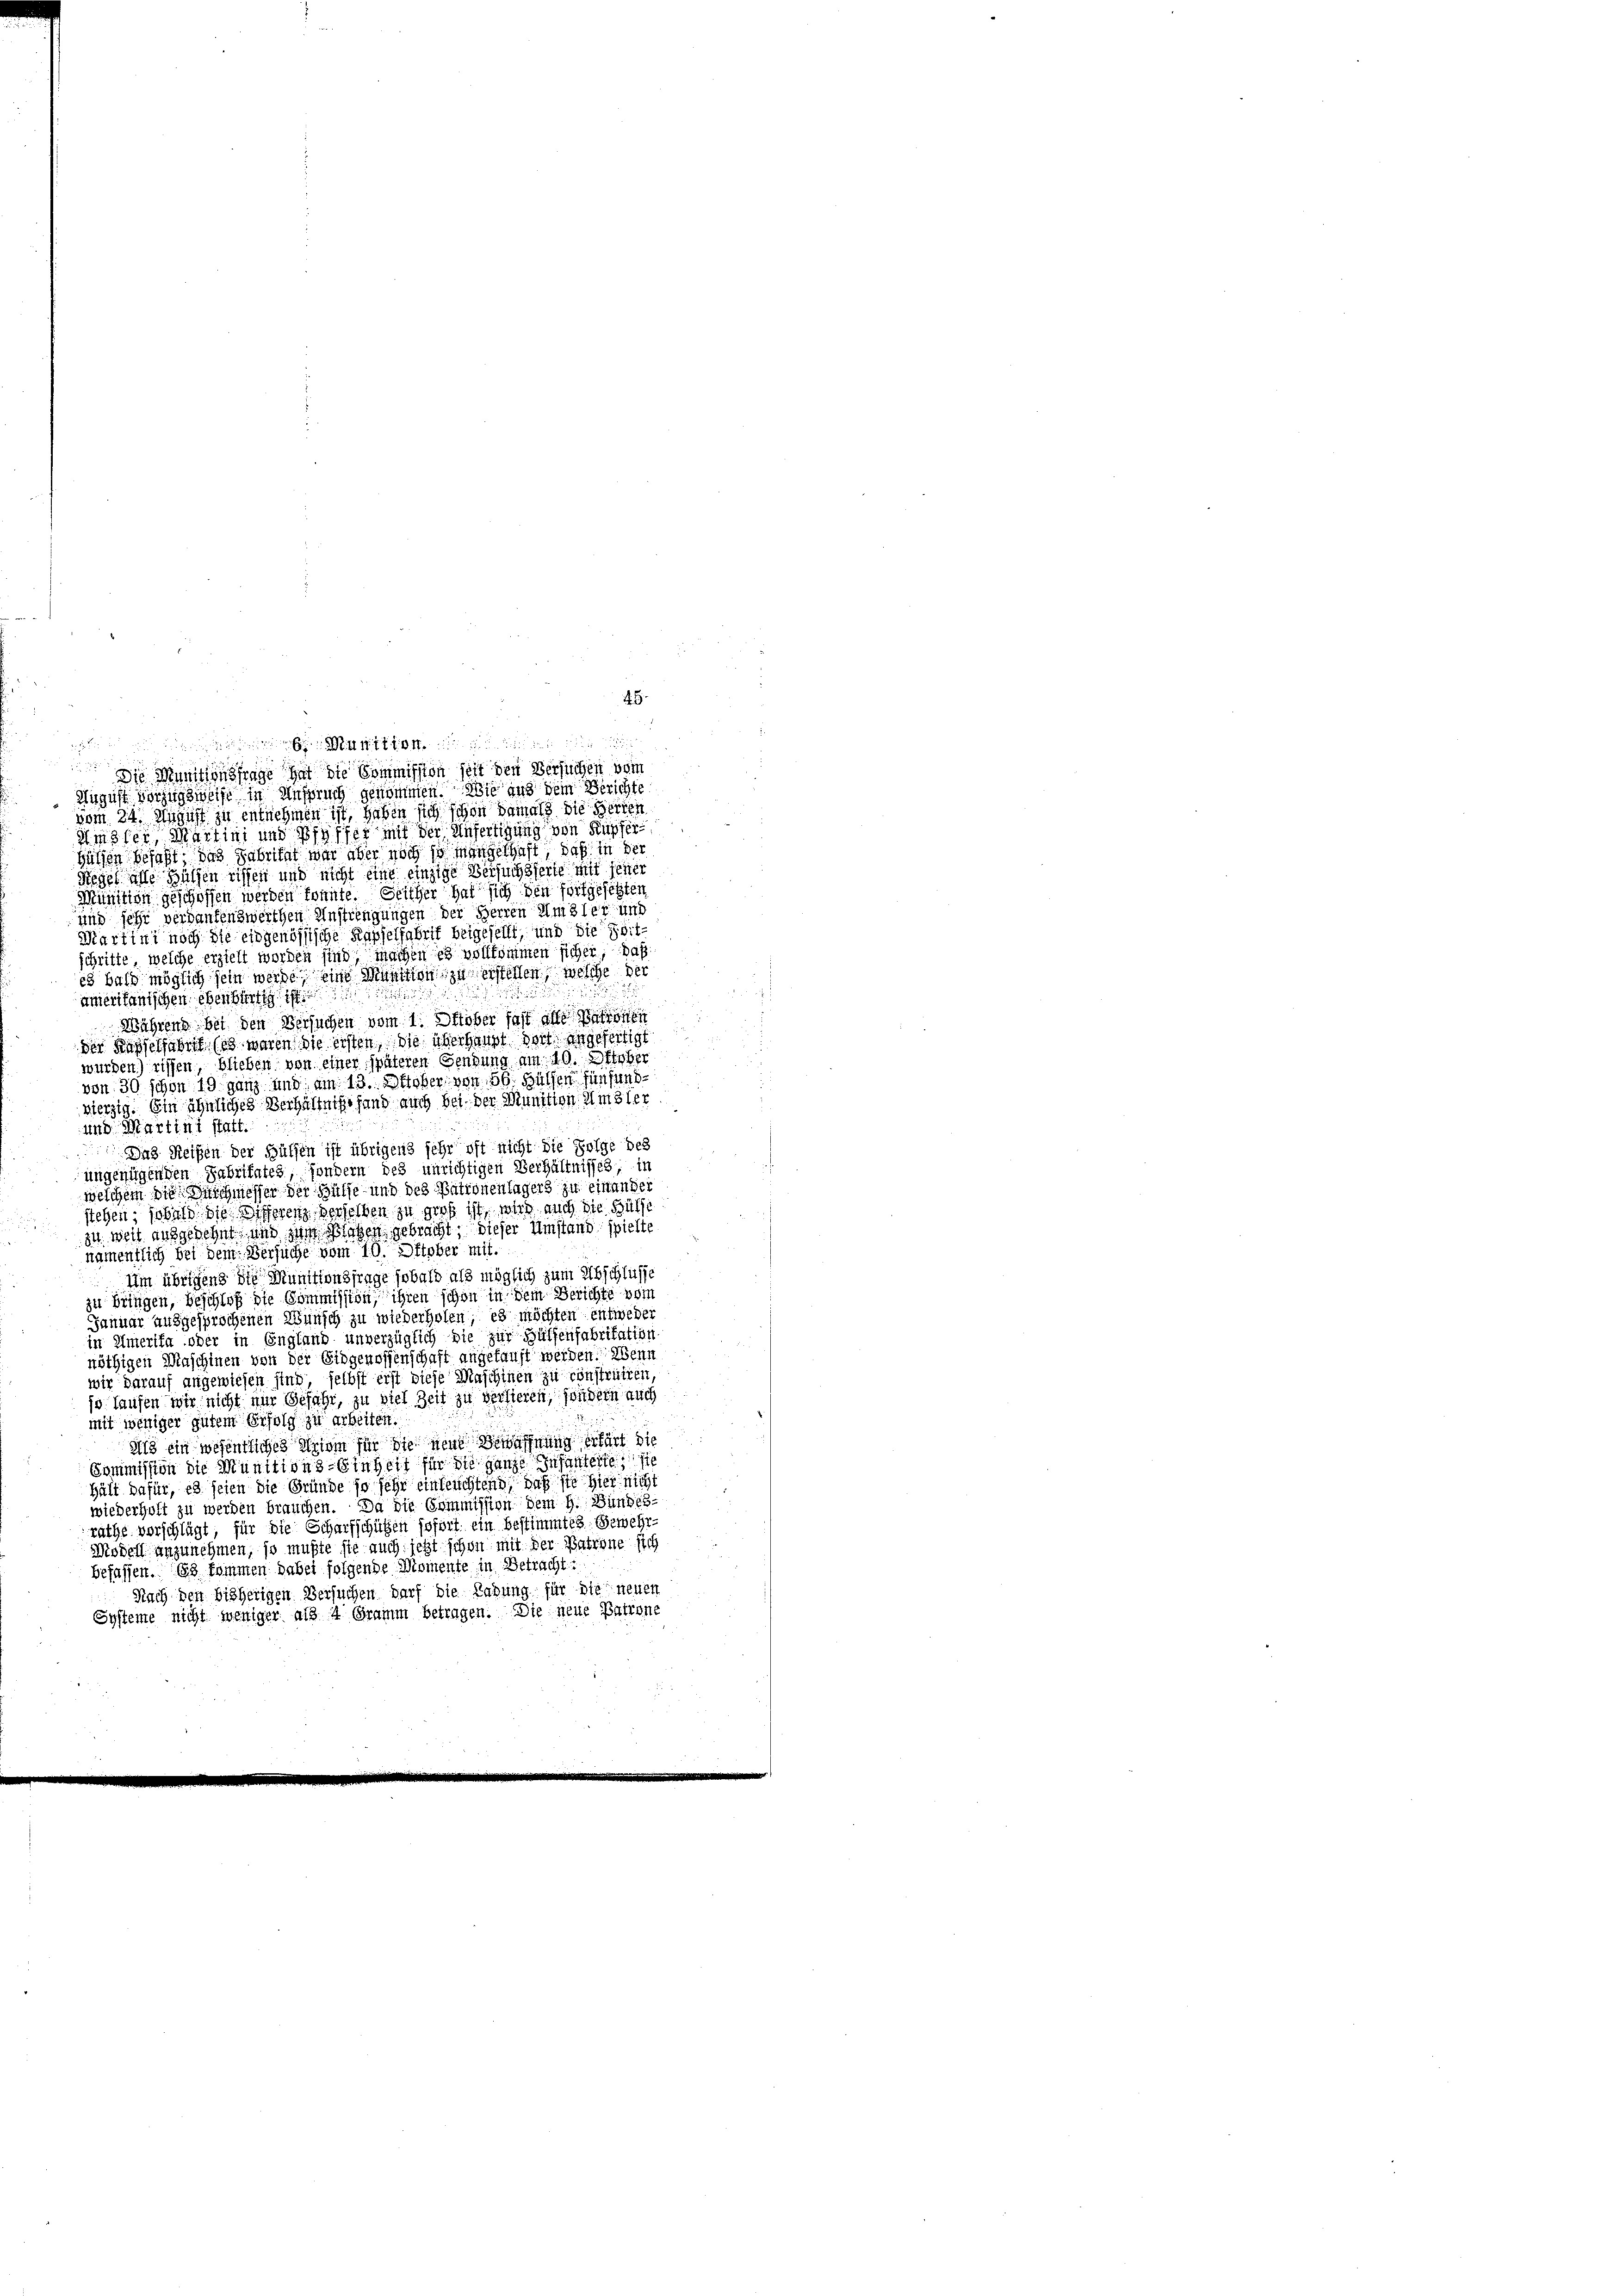
tonen nun
Die Munitionsfrage hat die Commission seit den Versuchen vom

45.

August vorzugsweise in Anspruch genommen. Wie aus dem Berichte
vom 24. August zu entnehmen ist, haben sich schon damals die Herten
Amsler, Martini und Pfyffer mit der Anfertigung von Kupfer¬
Hülsen befaßt das Fabrikat war aber noch so eingelhaft, daß in der
Riegel alle Hülfen wissen und nicht eine einzige Versuchsserte mit jener
Munition geschoffen werden konnte. Seither hat sich den fortgesetzten
und sehr verdankenswerthen Anstrengungen der Herren Umsler und
Martini noch die eingenössische Kapselfabrik beigesellt, und die Zeitschritte, welche erzielt worden sind, machen es vollkommen sicher daß
cs bald möglich sein werde, eine Munition zu erstellen, welche der
.
2
.
amerikanischen ebenbürtig ist.

Währens bei den Versuchen vom 1. Oktober fast alle
der Kapselfabrit (es waren die ersten die überhaupt doch angefertigt
u
wurden) rissen, blieben von einer späteren Gendung am 10. Oktober
von 30 schon 19 ganz und am 13. Oktober von 56. Hüllen fünfund
vierzig. Ein ähnliches Verhältniße fand auch bei der Munition. Amsler
und Martini statt.
 Das Reisen der Hülfen ist übrigens sehr oft nicht die Folge des
ungenügenden Fabritates, sondern des unrichtigen Verhältnisses, in
welchem die Ausschmesser der Hülfe und des Patronenlagers zu einander
stehen; sobald die Differenz verselben zu groß ist, wird auch die Hülfe
iu weit ausgesehnt und si laben gebracht, dieser Umstand spielte
namentlich bei dem Versuche vom 10. Oktober mit.
Um übrigens die Munitionsfrage sobald als möglich zum Abschlusse
zu bringen, Beschloß die Commission, ihren schon in dem Berichte vom
Januar ausgesprochenen Wünsch zu wiederholen, es möchten entweder
in Emerika oder in England unverzüglich die zur Hülfenfabritation
nöthigen Maschinen von der Eidgenossenschaft angekauft werden. Wenn
wir darauf angewiesen sind selbst erst diese Maschinen zu construiren.
jo Laufen wir nicht nur Gefahr, zu viel Zeit zu verlieren, sondern auch
mit weniger gutem Erfolg zu arbeiten.
Als ein wesentliches Triom für die rend Bewaffnung erfärt die
Commission die Munitions-Einheit für die ganze Infanterte sie
Hält dafür, es seien die Gründe so sehr einleuchtend, daß sie hier nicht
wiederholt zu werden brauchen. Da die Commission dem H. Bundes-
räthe vorschlägt, für die Scharfschützen sofort ein bestimmtes Gewehr-
Modell anzunehmen, so mußte sie auch jetzt schon mit der Patrone sich
befassen. Es kommen dabei folgende Momente in Betracht
Nach den bisherigen Versuchen darf die Labung für die neuen
Systeme nicht weniger als 4 Gramm betragen. Die neue Patrone